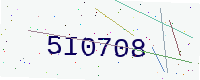
Text: 5I0708